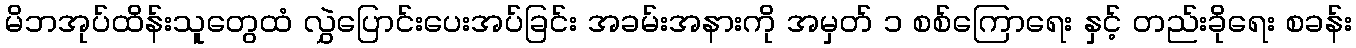
မိဘအုပ်ထိန်းသူတွေထံ လွှဲပြောင်းပေးအပ်ခြင်း အခမ်းအနားကို အမှတ် ၁ စစ်ကြောရေး နှင့် တည်းခိုရေး စခန်း